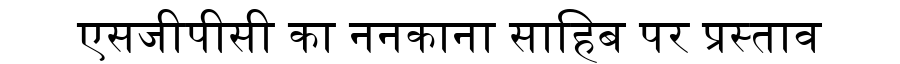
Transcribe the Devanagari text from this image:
एसजीपीसी का ननकाना साहिब पर प्रस्ताव